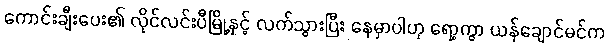
ကောင်းချီးပေး၏ လိုင်လင်းပီမြို့နှင့် လက်သွားပြီး နေမှာပါဟု ရော့ကွာ ယန်ချောင်မင်က